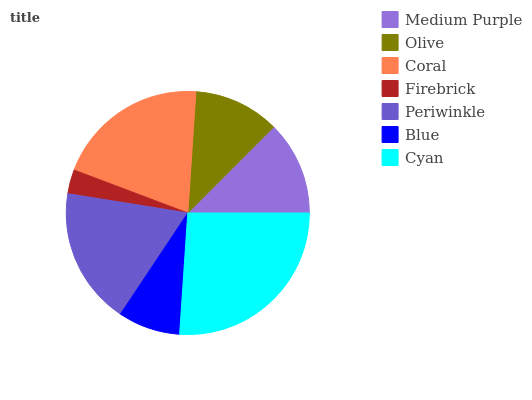
| Medium Purple | Olive | Coral | Firebrick | Periwinkle | Blue | Cyan |
 | --- | --- | --- | --- | --- | --- | --- |
 | 12.5% | 11.4% | 20.4% | 3.2% | 18.1% | 8.29% | 26.1% |